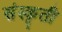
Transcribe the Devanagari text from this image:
संस्कृती